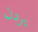
يردن